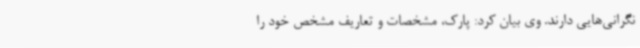
نگرانی‌هایی دارند. وی بیان کرد: پارک، مشخصات و تعاریف مشخص خود را